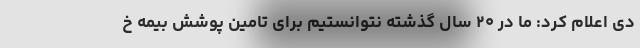
دی اعلام کرد: ما در ۲۰ سال گذشته نتوانستیم برای تامین پوشش بیمه خ